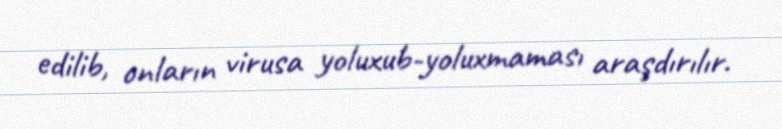
edilib, onların virusa yoluxub-yoluxmaması araşdırılır.